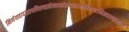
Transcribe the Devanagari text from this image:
निर्णयवादजल्पवितण्डाहेत्वाभासच्छलजातिकपटनिग्रहस्थानानां